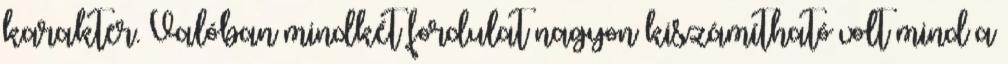
karakter. Valóban mindkét fordulat nagyon kiszámítható volt mind a